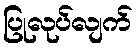
ပြုလုပ်လျက်